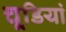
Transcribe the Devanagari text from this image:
चूडि़यां